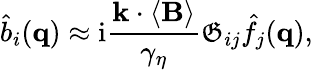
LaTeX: \hat{b}_{i}(\mathbf{q})\approx\mathrm{i}\frac{\mathbf{k}\cdot\left\langle\mathbf{B}\right\rangle}{\gamma_{\eta}}\mathfrak{G}_{ij}\hat{f}_{j}(\mathbf{q}),